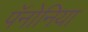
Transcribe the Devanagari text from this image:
पॅनोनिया